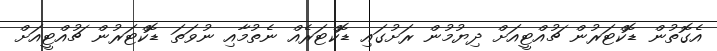
އެގޮތުން ޑޮކްޓަރުން ޗުއްޓީއަށް ދިޔުމުން ރަށުގައި ޑޮކްޓަރެއް ނެތުމާއި ނުވަތަ ޑޮކްޓަރުން ޗުއްޓީއަށް